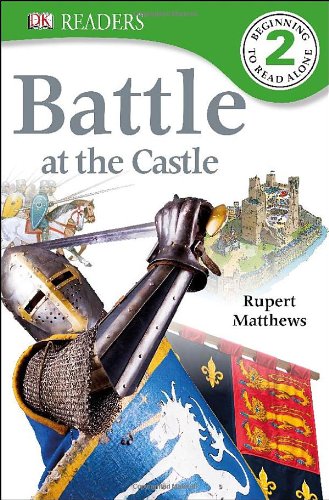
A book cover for DK Readers L2: Battle at the Castle; Rupert Matthews; Children's Books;